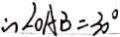
\therefore \angle O A B = 3 0 ^ { \circ }